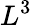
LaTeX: L^{3}